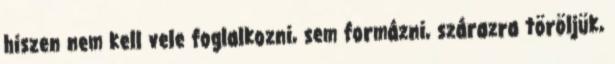
hiszen nem kell vele foglalkozni, sem formázni, szárazra töröljük,